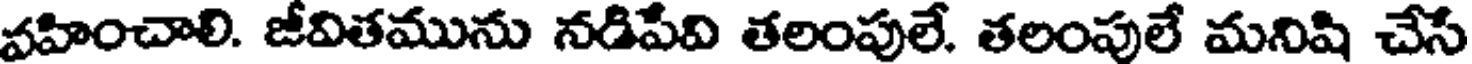
వహించాలి. జీవితమును నడిపేవి తలంపులే. తలంపులే మనిషి చేసే